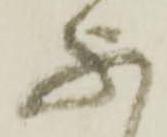
不